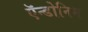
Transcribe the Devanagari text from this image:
ऍन्डोनिम